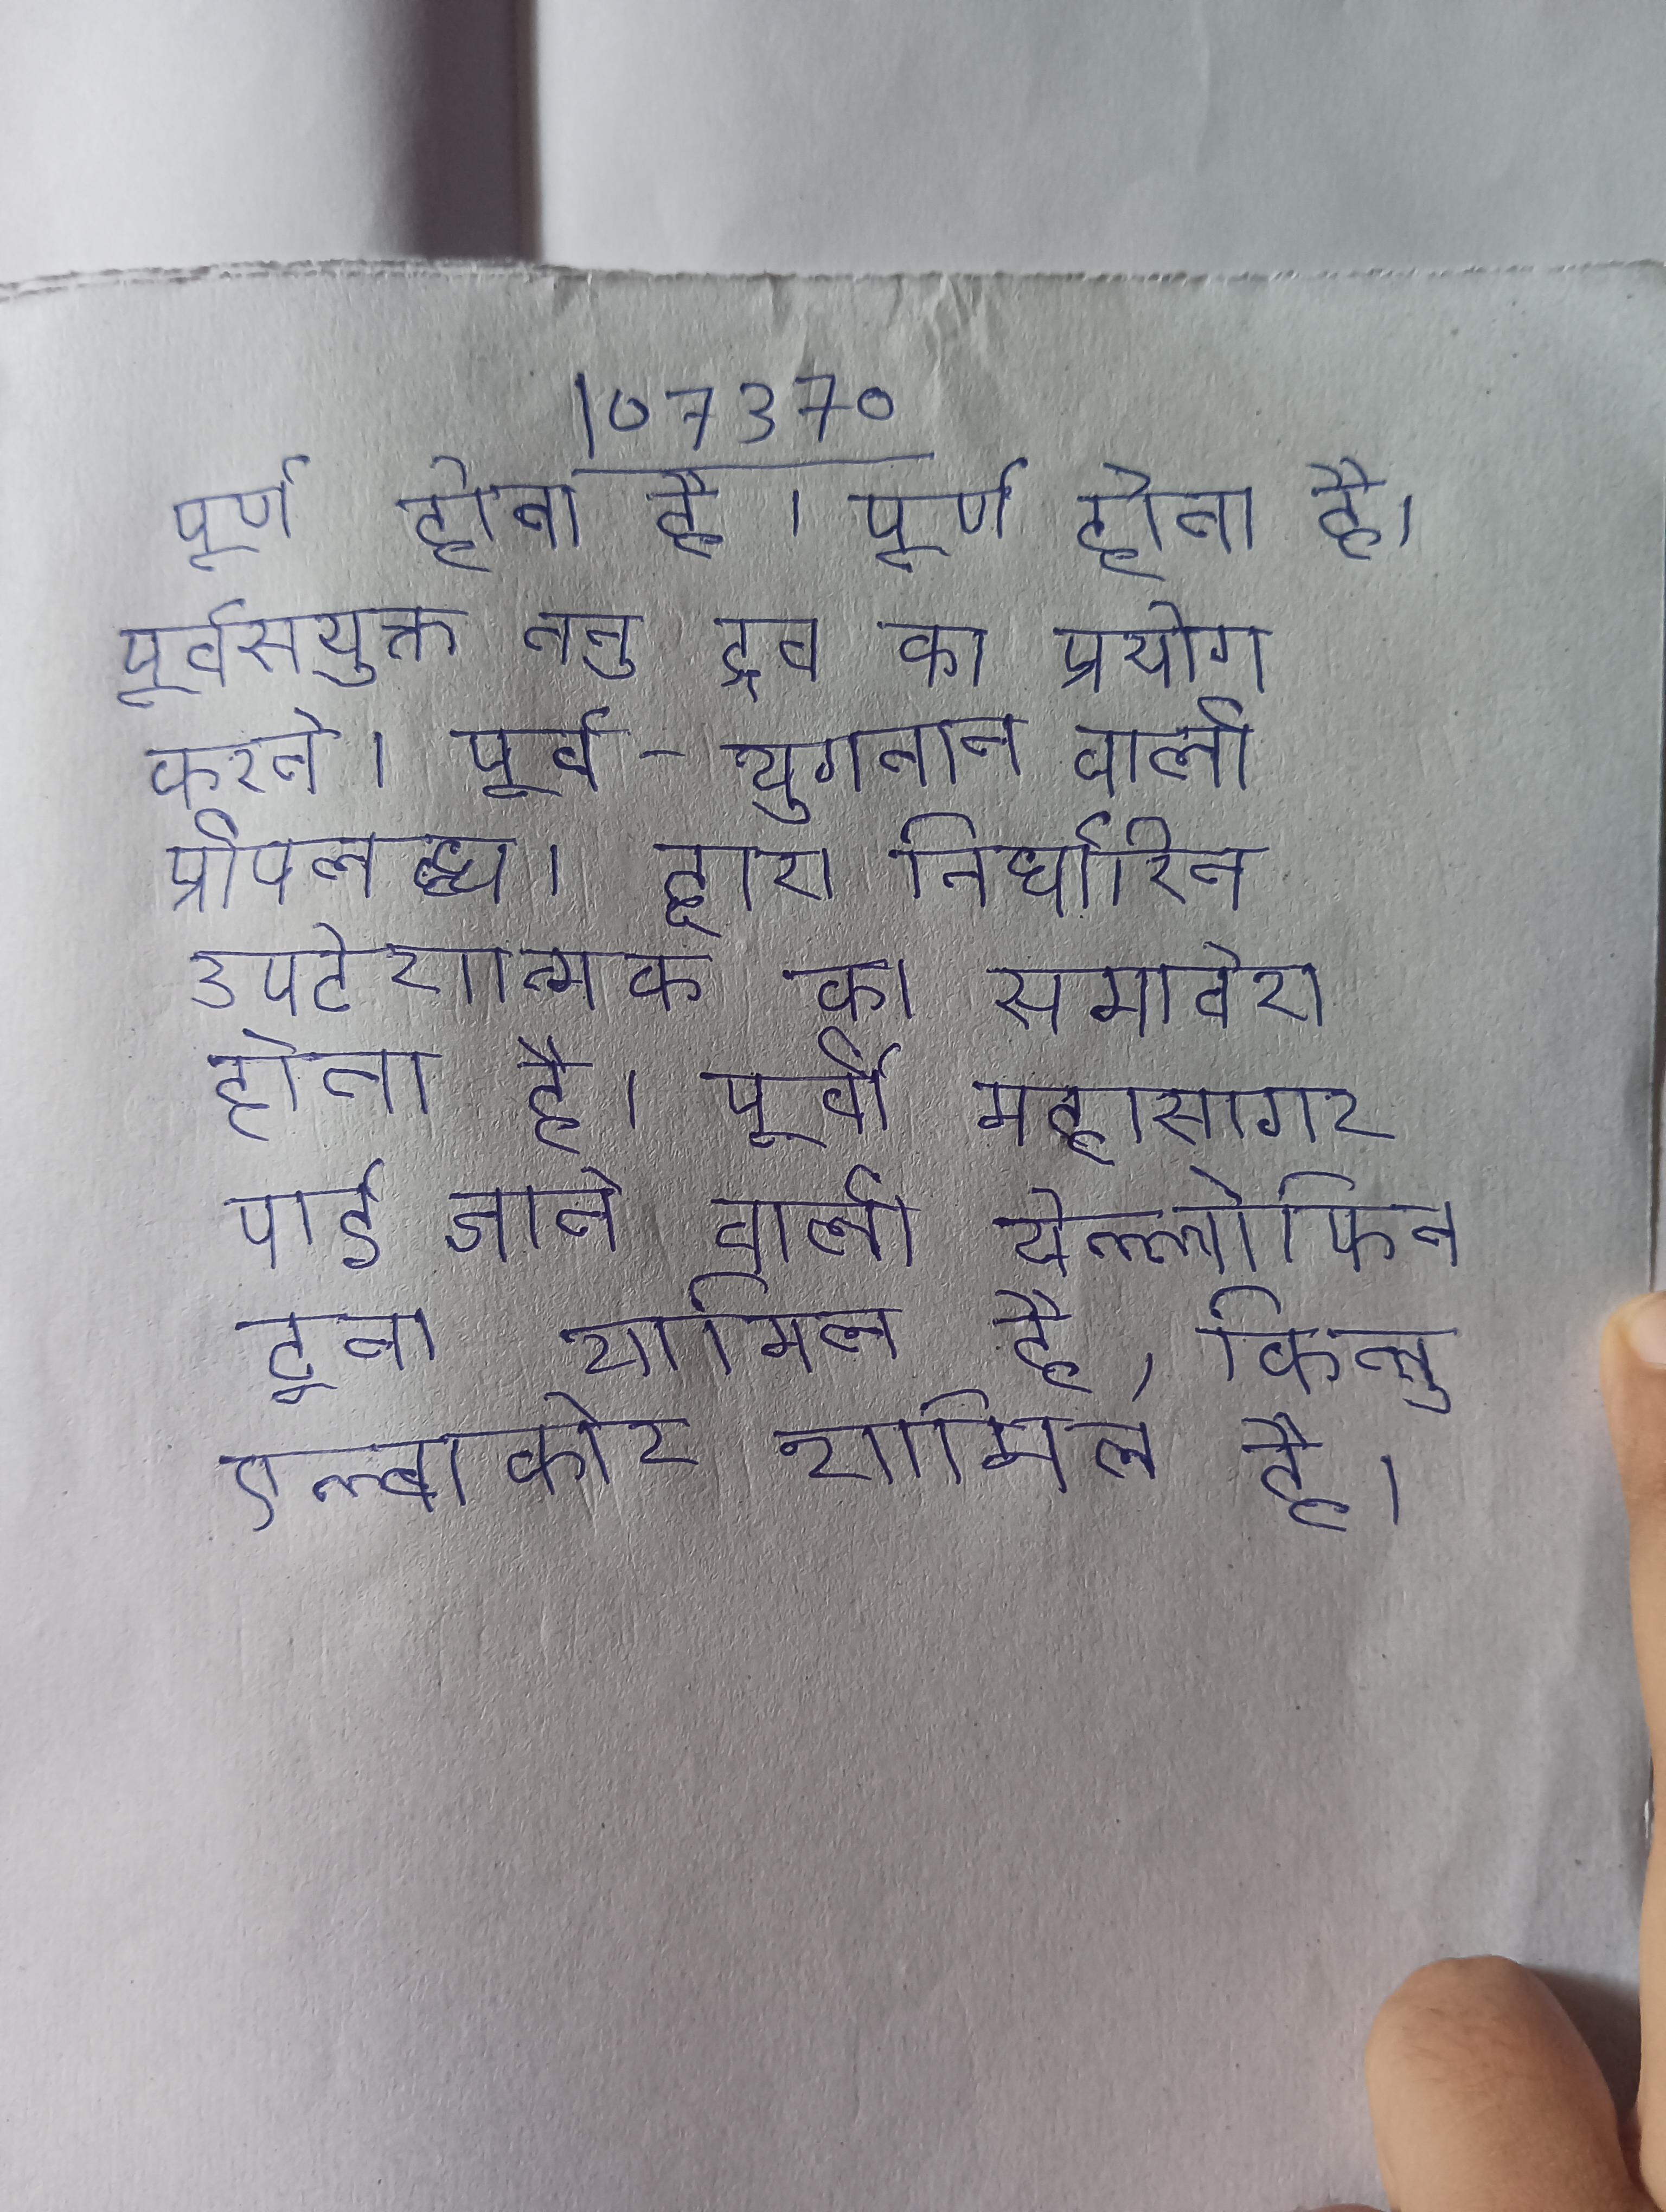
पूर्ण होता है । पूर्ण होता है । पूर्वप्रयुक्त तनु द्रव का प्रयोग करते । पूर्व-भुगतान वाली प्रीपेड टैक्सी सेवा भी उपलब्ध । द्वारा निर्धारित उपदेशात्मक का समावेश होता है । पूर्वी महासागर पाई जाने वाली येल्लोफिन टूना शामिल है, किन्तु एल्बाकोर शामिल है ।